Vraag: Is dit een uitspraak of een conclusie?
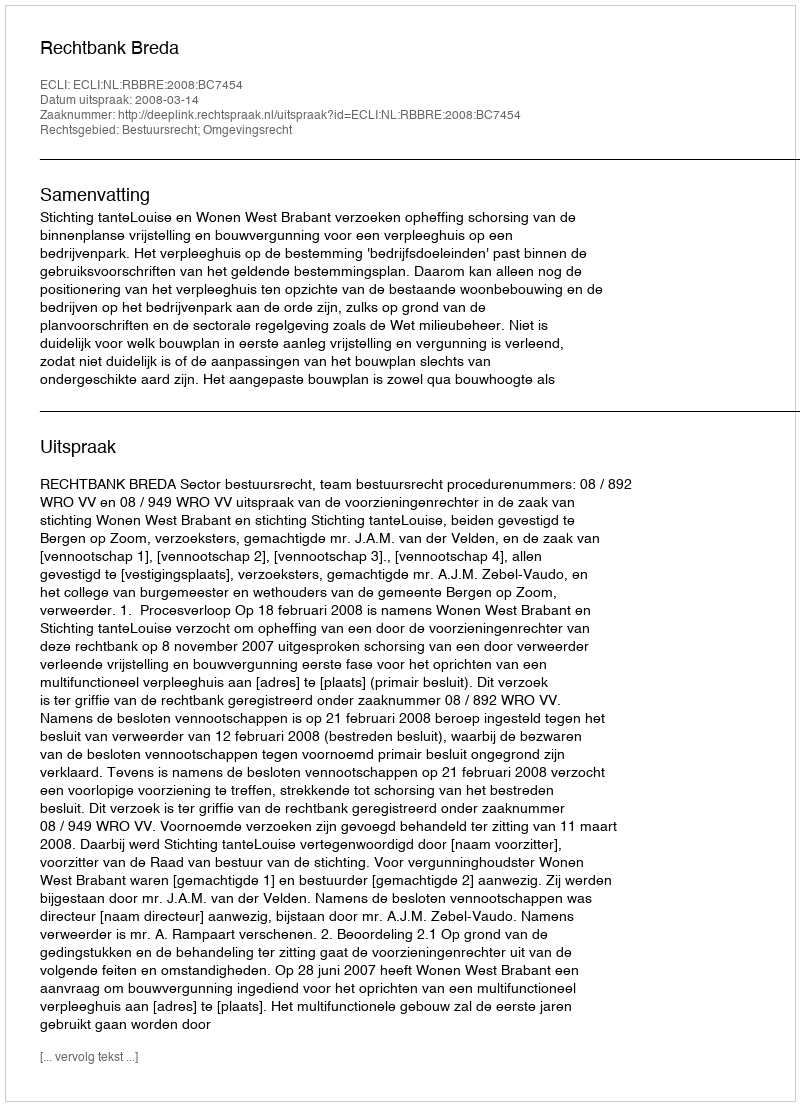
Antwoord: Uitspraak